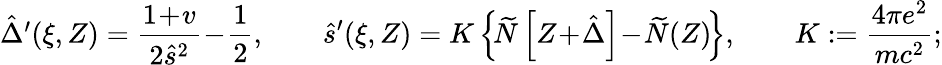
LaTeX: \begin{array}{r}{\hat{\Delta}^{\prime}(\xi,Z)=\displaystyle\frac{1\! +\! v}{2\hat{s}^{2}}\! -\! \frac 12,\qquad\hat{s}^{\prime}(\xi,Z)=K\left\{ \! \widetilde{N}\left[Z\! +\! \hat{\Delta}\right]\! -\! \widetilde{N}(Z)\! \right\} ,\qquad K:=\frac{4\pi e^{2}}{mc^{2}};}\end{array}